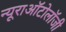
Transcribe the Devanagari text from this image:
न्यूराऑटोलॉजी